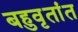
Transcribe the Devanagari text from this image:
बहुवृतांत